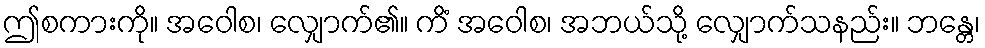
ဤစကားကို။ အဝေါစ၊ လျှောက်၏။ ကိံ အဝေါစ၊ အဘယ်သို့ လျှောက်သနည်း။ ဘန္တေ၊